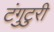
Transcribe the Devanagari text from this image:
टंगुटुरी